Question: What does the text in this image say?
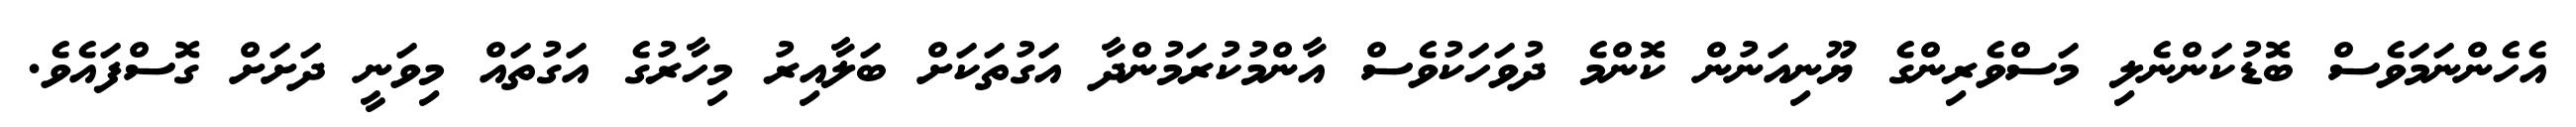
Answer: އެހެންނަމަވެސް ބޮޑުކަންނެލި މަސްވެރިންގެ ޔޫނިއަނުން ކޮންމެ ދުވަހަކުވެސް އާންމުކުރަމުންދާ އަގުތަކަށް ބަލާއިރު މިހާރުގެ އަގުތައް މިވަނީ ދަށަށް ގޮސްފައެވެ.